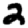
Digit: 2